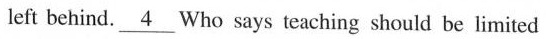
left behind. \underline{4} Who says teaching should be limited